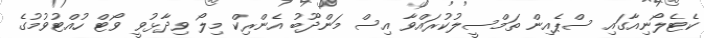
ކެޓެލޯނިއާގައި ސްޕެއިން ތަމްސީލުކުރައްވާ އިސް މަންދޫބު އެންރިކް މިލޯ ވިދާޅުވީ ވޯޓް ހުއްޓުވުމުގެ